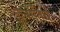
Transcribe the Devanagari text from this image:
इल्मेतिब